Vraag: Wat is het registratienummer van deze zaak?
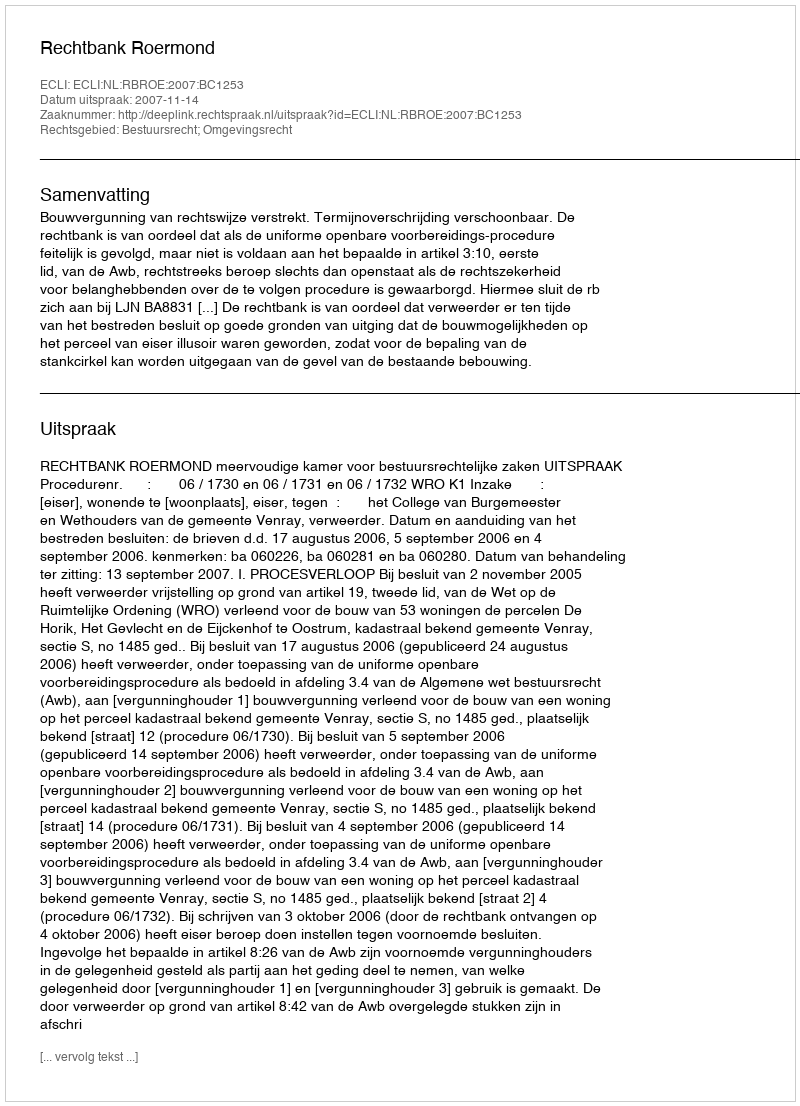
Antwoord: http://deeplink.rechtspraak.nl/uitspraak?id=ECLI:NL:RBROE:2007:BC1253